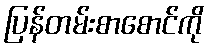
ပြန်တမ်းစာစောင်ကို